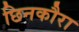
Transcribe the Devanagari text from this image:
छिनकौरा